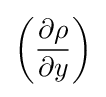
\left({\frac {\partial \rho }{\partial y}}\right)